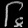
Digit: ၆